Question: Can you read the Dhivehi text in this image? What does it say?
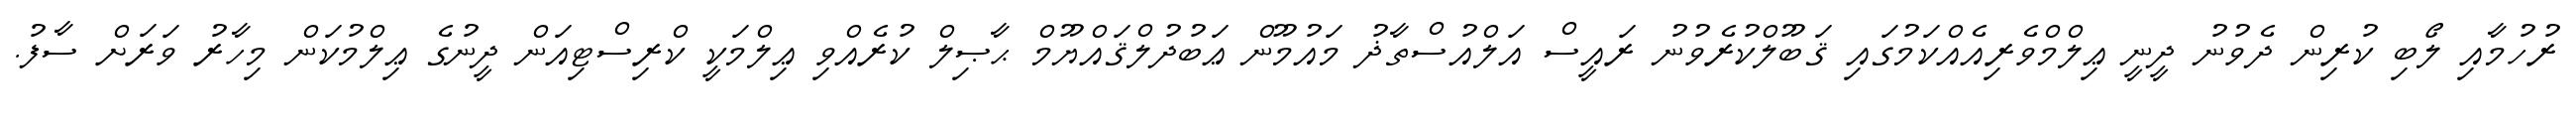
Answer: ރުހުމާއި ލޯބި ކުރިން ދެވުނު ދީނީ ޢިލްމްވެރިއެއްކަމުގައި ޤަބޫލްކުރެވުނު ރައީސް އަލްއުސްތާޛު މައުމޫން ޢަބުދުލްޤައްޔޫމް ޙާޞިލް ކުރެއްވި ޢިލްމަކީ ކްރިސްޓިއަން ދީނުގެ ޢިލްމުކަން މިހާރު ވަރަށް ސާފު.